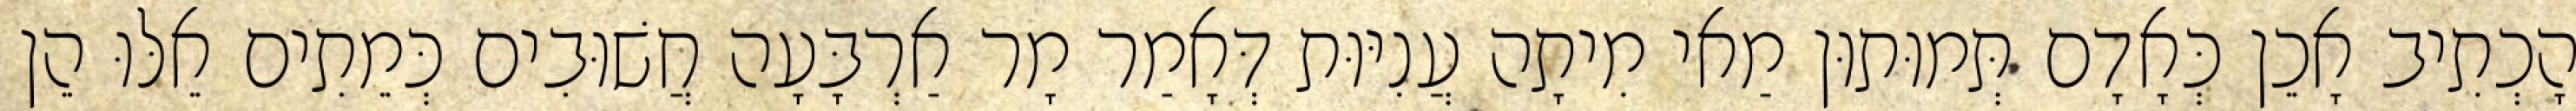
הָכְתִיב אָכֵן כְּאָדָם תְּמוּתוּן מַאי מִיתָה עֲנִיּוּת דְּאָמַר מָר אַרְבָּעָה חֲשׁוּבִים כְּמֵתִים אֵלּוּ הֵן